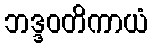
ဘဒ္ဒဝတိကာယံ